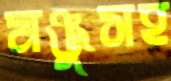
মঞ্জুসহ